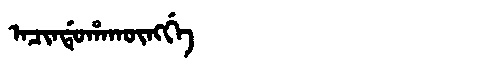
Manchu: ᠠᠴᡳᠨᡩᡠᡥᠠᡴᡡᠩᡤᡝ
Romanization: ACINDUHAKŪNGGE